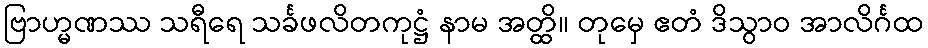
ဗြာဟ္မဏဿ သရီရေ သင်္ခဖလိတကုဋ္ဌံ နာမ အတ္ထိ။ တုမှေ ဧတံ ဒိသွာဝ အာလိင်္ဂထ